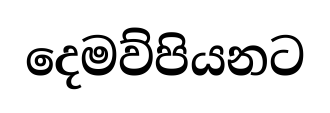
දෙමව්පියනට